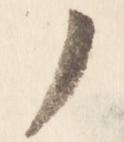
了